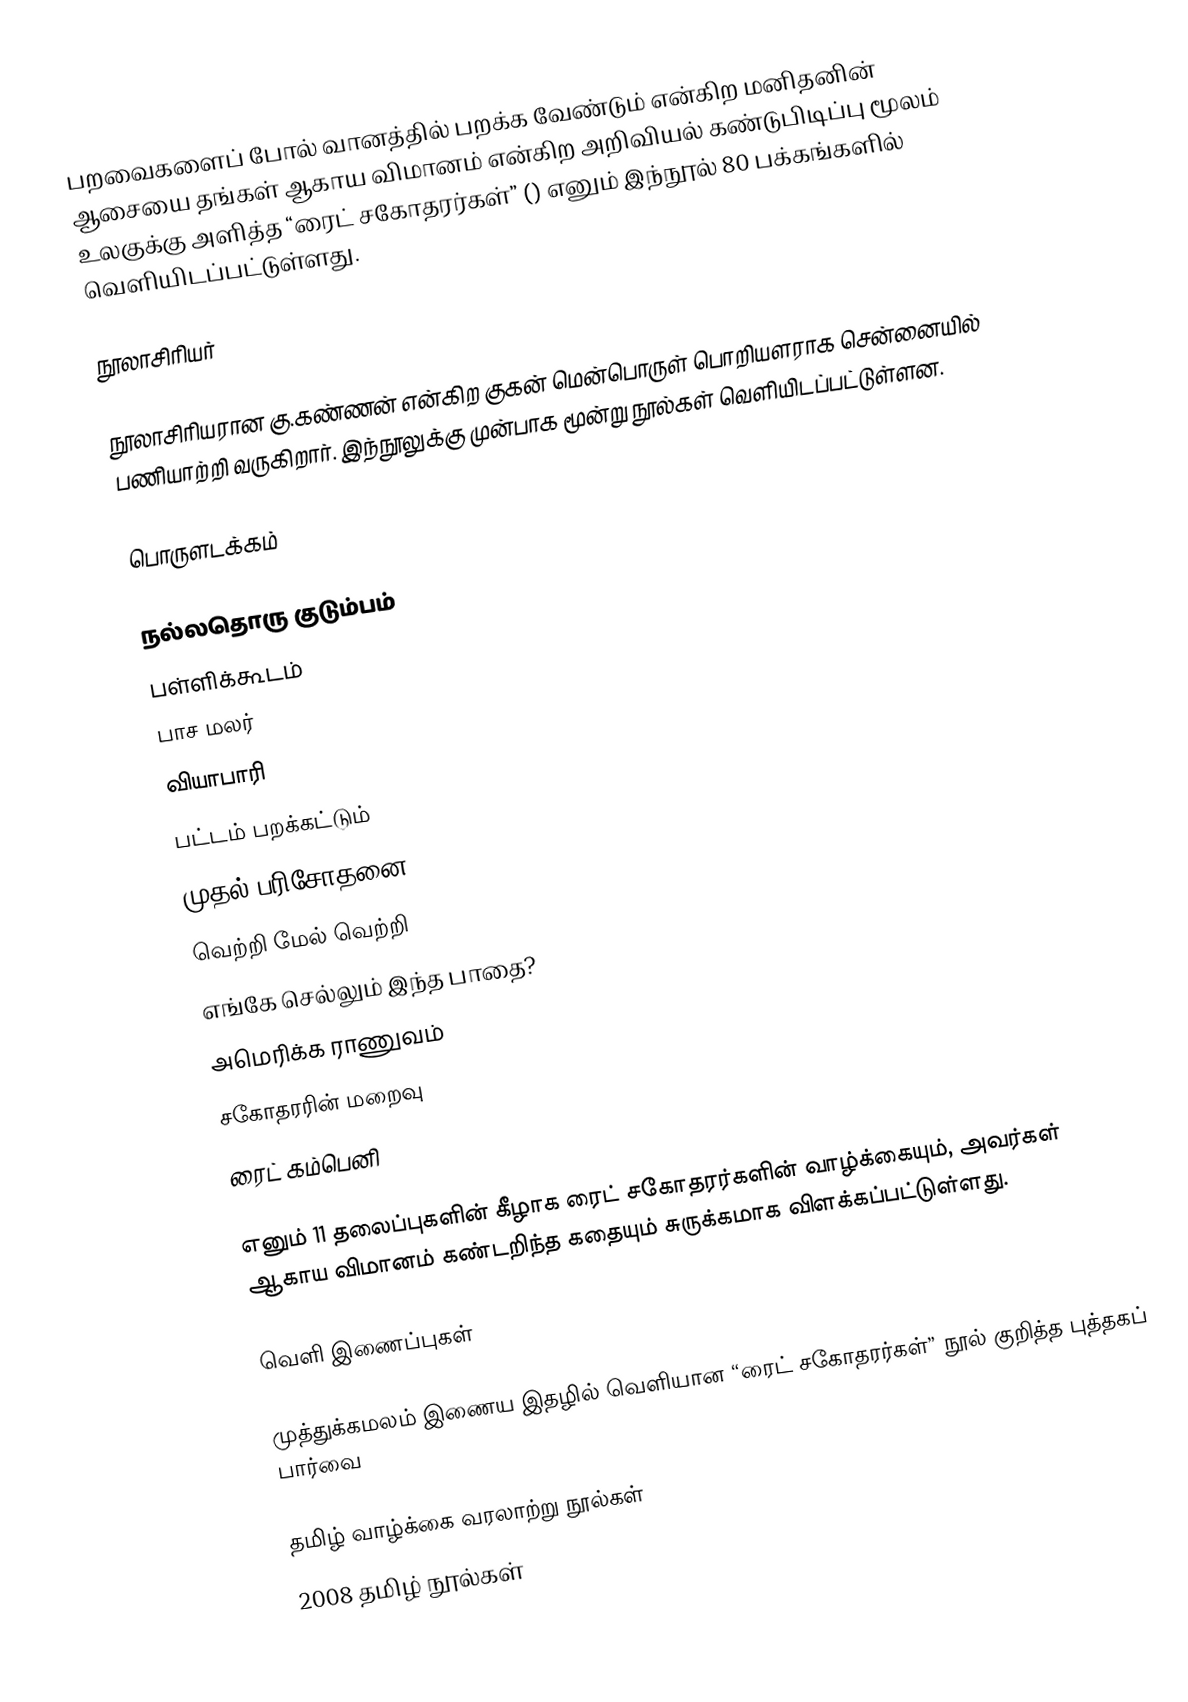
பறவைகளைப் போல் வானத்தில் பறக்க வேண்டும் என்கிற மனிதனின்  ஆசையை தங்கள் ஆகாய விமானம் என்கிற அறிவியல்  கண்டுபிடிப்பு மூலம் உலகுக்கு அளித்த “ரைட் சகோதரர்கள்” () எனும் இந்நூல் 80 பக்கங்களில் வெளியிடப்பட்டுள்ளது.

நூலாசிரியர்

நூலாசிரியரான கு.கண்ணன் என்கிற குகன் மென்பொருள் பொறியளராக சென்னையில் பணியாற்றி வருகிறார். இந்நூலுக்கு முன்பாக மூன்று நூல்கள் வெளியிடப்பட்டுள்ளன.

பொருளடக்கம்

நல்லதொரு குடும்பம்
பள்ளிக்கூடம்
பாச மலர்
வியாபாரி
பட்டம் பறக்கட்டும்
முதல் பரிசோதனை
வெற்றி மேல் வெற்றி
எங்கே செல்லும் இந்த பாதை?
அமெரிக்க  ராணுவம்
சகோதரரின் மறைவு
ரைட் கம்பெனி

எனும் 11 தலைப்புகளின் கீழாக ரைட் சகோதரர்களின் வாழ்க்கையும், அவர்கள் ஆகாய விமானம் கண்டறிந்த கதையும் சுருக்கமாக விளக்கப்பட்டுள்ளது.

வெளி இணைப்புகள்

  முத்துக்கமலம் இணைய இதழில் வெளியான “ரைட் சகோதரர்கள்” நூல் குறித்த புத்தகப் பார்வை

தமிழ் வாழ்க்கை வரலாற்று நூல்கள்
2008 தமிழ் நூல்கள்